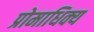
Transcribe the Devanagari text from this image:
प्रोमाधिक्य